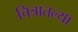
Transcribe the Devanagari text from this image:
चित्रातल्या